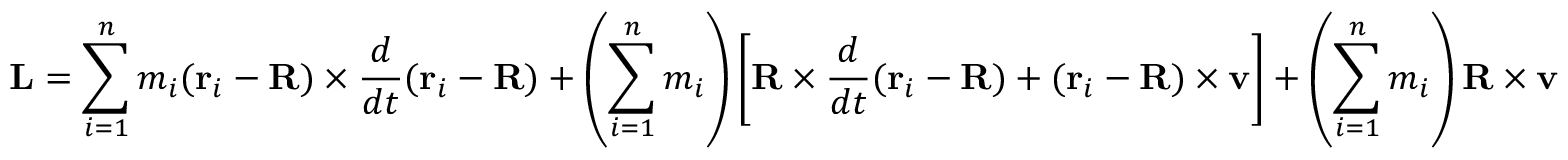
\mathbf { L } = \sum _ { i = 1 } ^ { n } m _ { i } ( \mathbf { r } _ { i } - \mathbf { R } ) \times { \frac { d } { d t } } ( \mathbf { r } _ { i } - \mathbf { R } ) + \left( \sum _ { i = 1 } ^ { n } m _ { i } \right) \left[ \mathbf { R } \times { \frac { d } { d t } } ( \mathbf { r } _ { i } - \mathbf { R } ) + ( \mathbf { r } _ { i } - \mathbf { R } ) \times \mathbf { v } \right] + \left( \sum _ { i = 1 } ^ { n } m _ { i } \right) \mathbf { R } \times \mathbf { v }